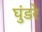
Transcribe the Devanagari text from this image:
घुंडरे